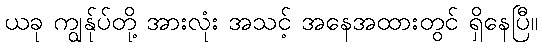
ယခု ကျွန်ုပ်တို့ အားလုံး အသင့် အနေအထားတွင် ရှိနေပြီ။